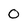
Character: 0